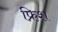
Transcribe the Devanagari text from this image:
फ्रिश